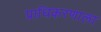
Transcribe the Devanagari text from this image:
प्राधिकरणाला